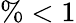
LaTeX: \% <1